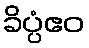
ခိပ္ပံဧဝ